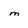
Character: m